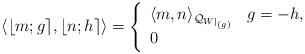
LaTeX: \begin{align*}\langle \lfloor m; g \rceil, \lfloor n; h \rceil \rangle = \left\{ \begin{array}{ll} \langle m , n \rangle_{\mathcal{Q}_{W|_{(g)}}} & g = - h, \\ 0 & \end{array} \right.\end{align*}